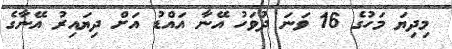
މިދިޔަ މަހުގެ 16 ވަނަ ދުވަހު އޭނާ އައްޑު އަށް ދިޔައިރު އޭނާގެ